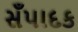
સઁપાદક